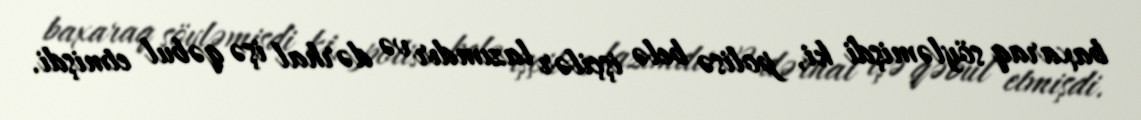
baxaraq söyləmişdi ki, polisə belə işçilər lazımdır və dərhal işə qəbul etmişdi.